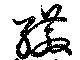
繖